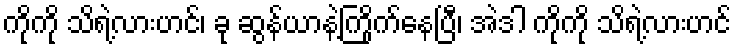
ကိုကို သိရဲ့လားဟင်၊ ခု ဆွန်ယာနဲ့ကြိုက်နေပြီ၊ အဲဒါ ကိုကို သိရဲ့လားဟင်